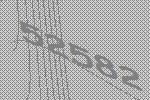
52582